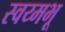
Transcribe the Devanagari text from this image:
स्वय्मभू